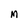
Character: M